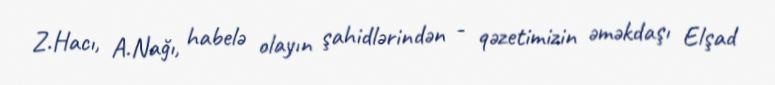
Z.Hacı, A.Nağı, habelə olayın şahidlərindən - qəzetimizin əməkdaşı Elşad